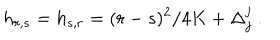
h _ { r , s } = h _ { s , r } = ( r - s ) ^ { 2 } / 4 K + \Delta _ { j } ^ { j } { } ~ .